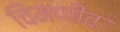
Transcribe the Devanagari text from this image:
चिमणीव